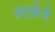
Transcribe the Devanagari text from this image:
स्पार्कसे